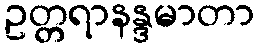
ဥတ္တရာနန္ဒမာတာ